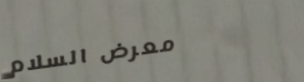
معرض السلام